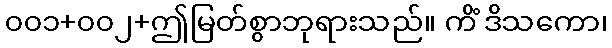
၀၀၁+၀၀၂+ဤမြတ်စွာဘုရားသည်။ ကိံ ဒိသကော၊